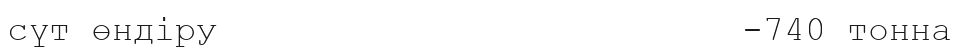
сүт өндіру                         -740 тонна